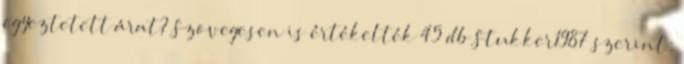
egyeztetett árat? Szövegesen is értékelték 45 db Stukker1987 szerint: